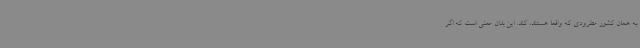
به همان کشور مطرودی که واقعا هستند، کند. این بدان معنی است که اگر